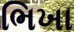
ભિખા